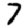
Digit: 7